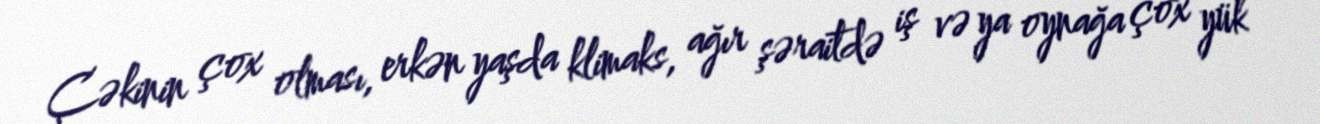
Çəkinin çox olması, erkən yaşda klimaks, ağır şəraitdə iş və ya oynağa çox yük